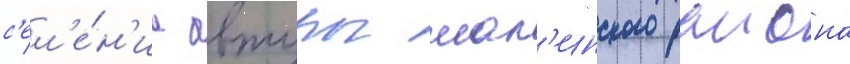
с'ел'е́н'иа автуры шал'инского раиона